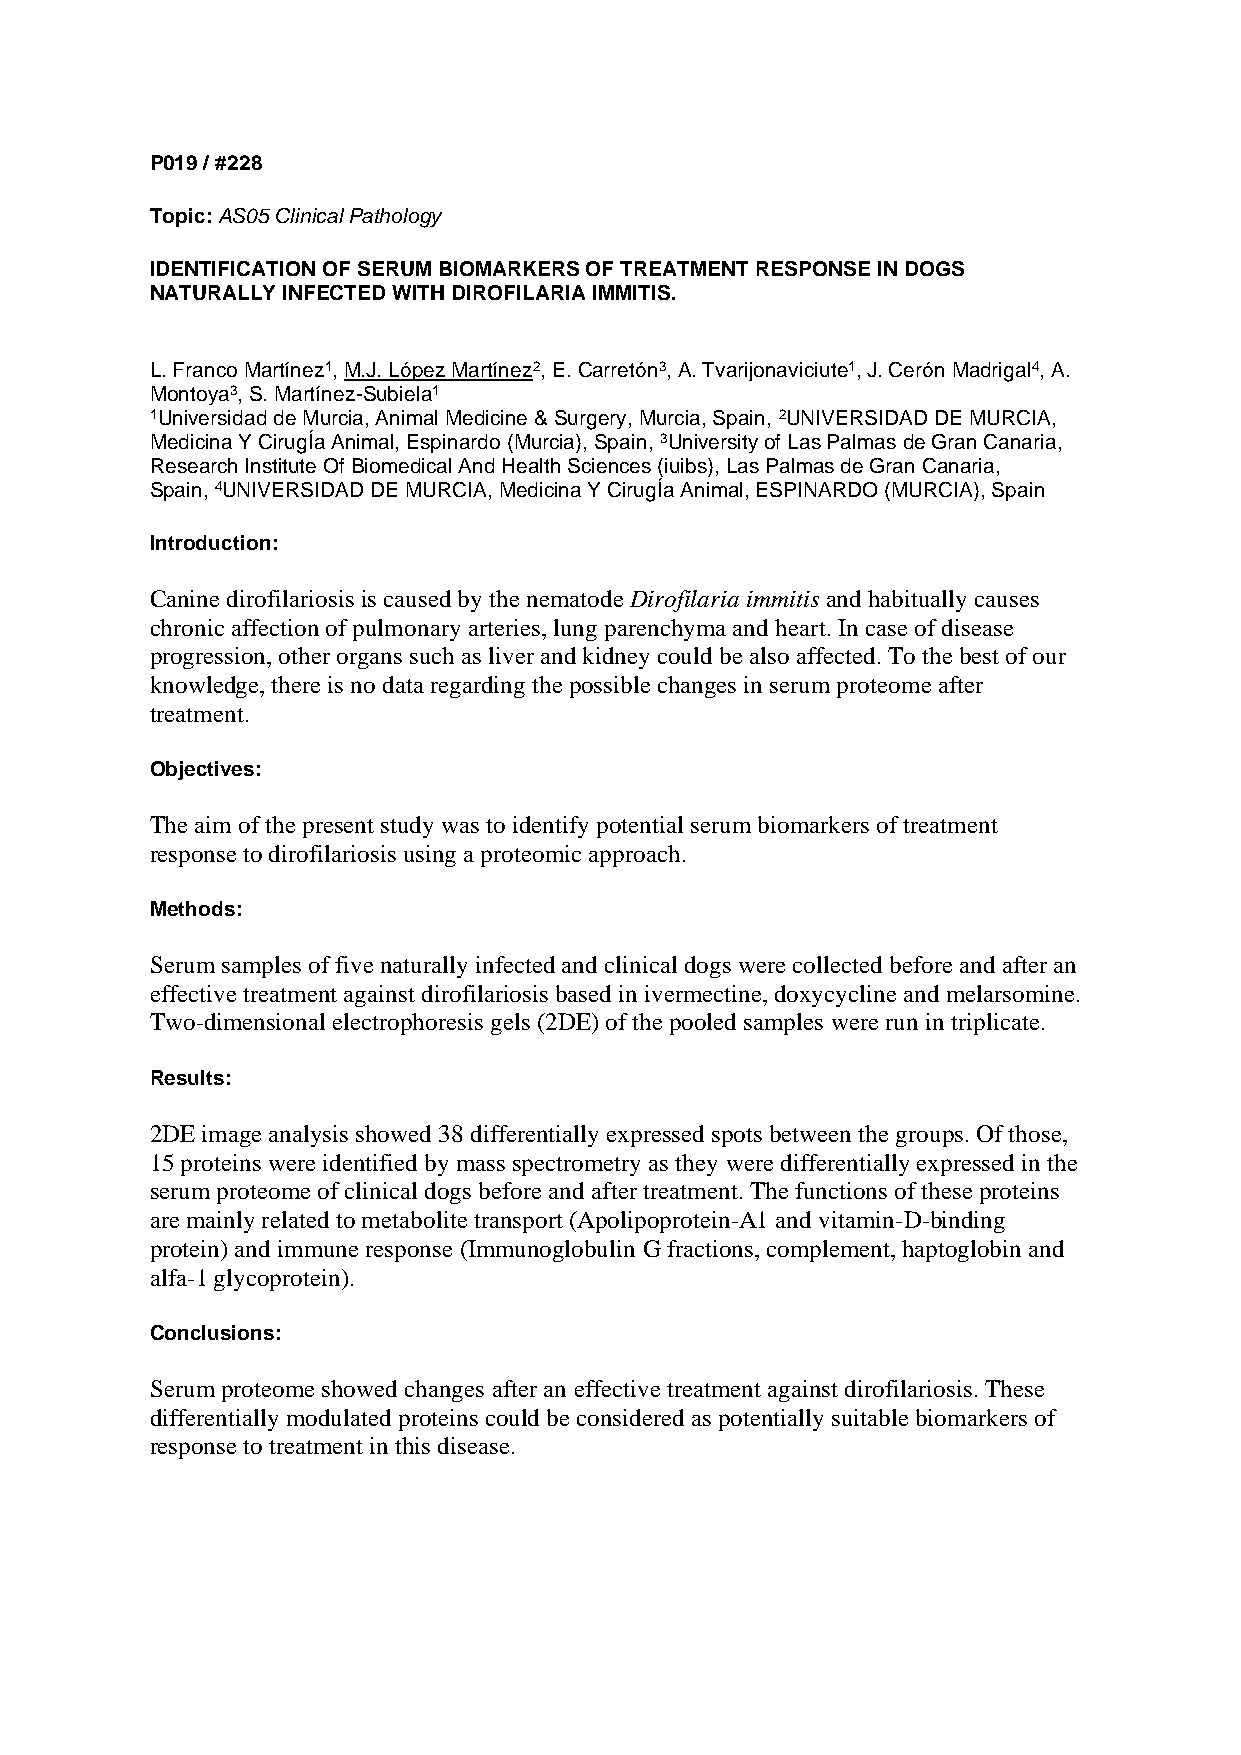
P019 / #228
 Topic: AS05 Clinical Pathology
 IDENTIFICATION OF SERUM BIOMARKERS OF TREATMENT RESPONSE IN DOGS
 NATURALLY INFECTED WITH DIROFILARIA IMMITIS.
 L. Franco Martínez1, M.J. López Martínez2, E. Carretón3, A. Tvarijonaviciute1, J. Cerón Madrigal4, A.
 Montoya3, S. Martínez-Subiela1
 1Universidad de Murcia, Animal Medicine & Surgery, Murcia, Spain, 2UNIVERSIDAD DE MURCIA,
 Medicina Y CirugÍa Animal, Espinardo (Murcia), Spain, 3University of Las Palmas de Gran Canaria,
 Research Institute Of Biomedical And Health Sciences (iuibs), Las Palmas de Gran Canaria,
 Spain, 4UNIVERSIDAD DE MURCIA, Medicina Y CirugÍa Animal, ESPINARDO (MURCIA), Spain
 Introduction:
 Canine dirofilariosis is caused by the nematode Dirofilaria immitis and habitually causes
 chronic affection of pulmonary arteries, lung parenchyma and heart. In case of disease
 progression, other organs such as liver and kidney could be also affected. To the best of our
 knowledge, there is no data regarding the possible changes in serum proteome after
 treatment.
 Objectives:
 The aim of the present study was to identify potential serum biomarkers of treatment
 response to dirofilariosis using a proteomic approach.
 Methods:
 Serum samples of five naturally infected and clinical dogs were collected before and after an
 effective treatment against dirofilariosis based in ivermectine, doxycycline and melarsomine.
 Two-dimensional electrophoresis gels (2DE) of the pooled samples were run in triplicate.
 Results:
 2DE image analysis showed 38 differentially expressed spots between the groups. Of those,
 15 proteins were identified by mass spectrometry as they were differentially expressed in the
 serum proteome of clinical dogs before and after treatment. The functions of these proteins
 are mainly related to metabolite transport (Apolipoprotein-A1 and vitamin-D-binding
 protein) and immune response (Immunoglobulin G fractions, complement, haptoglobin and
 alfa-1 glycoprotein).
 Conclusions:
 Serum proteome showed changes after an effective treatment against dirofilariosis. These
 differentially modulated proteins could be considered as potentially suitable biomarkers of
 response to treatment in this disease.